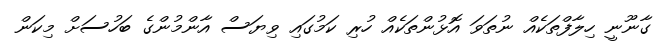
ގާނޫނީ ހިލާފްތަކެއް ނުތަވަ އޮޅުންތަކެއް ހުރި ކަމުގައި ވިޔަސް އާންމުންގެ ބަހުސަށް މިކަން